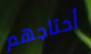
أحتاجهم